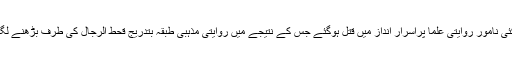
کئی نامور روایتی علما پراسرار انداز میں قتل ہوگئے جس کے نتیجے میں روایتی مذہبی طبقہ بتدریج قحط الرجال کی طرف بڑھنے لگا۔